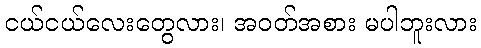
ငယ်ငယ်လေးတွေလား၊ အဝတ်အစား မပါဘူးလား